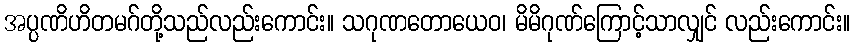
အပ္ပဏိဟိတမဂ်တို့သည်လည်းကောင်း။ သဂုဏတောယေဝ၊ မိမိဂုဏ်ကြောင့်သာလျှင် လည်းကောင်း။